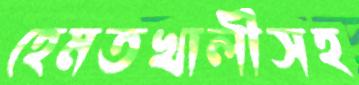
হেমতখালীসহ